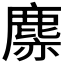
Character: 𪊳